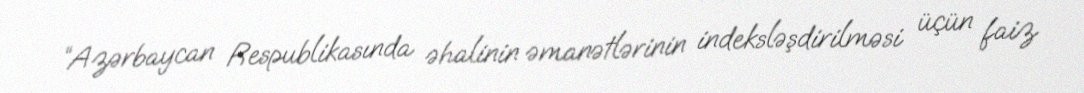
“Azərbaycan Respublikasında əhalinin əmanətlərinin indeksləşdirilməsi üçün faiz